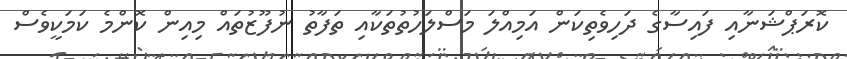
ކޮރަޕްޝަނާއި ފައިސާގެ ދަހިވެތިކަން އަމިއްލަ މަސްލަހުތުތަކާއި ތަފާތު ނުފޫޒުތައް މިއިން ކޮންމެ ކަމަކީވެސް